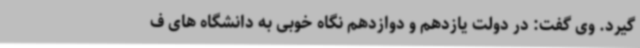
گیرد. وی گفت: در دولت یازدهم و دوازدهم نگاه خوبی به دانشگاه های ف